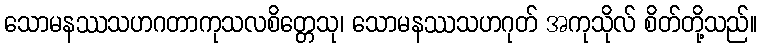
သောမနဿသဟဂတာကုသလစိတ္တေသု၊ သောမနဿသဟဂုတ် အကုသိုလ် စိတ်တို့သည်။